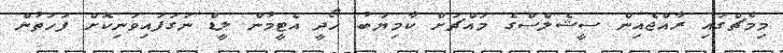
މިމެޗްގައި ރާއްޖެއިން ސީޝެލްސްގެ މައްޗަށް ކާމިޔަބު ހޯދީ އެޓީމުން ލީޑް ނަގަފައިވަނިކޮށް ފަހަތުން